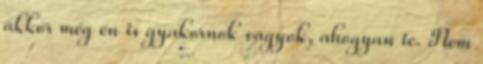
akkor még én is gyakornok vagyok, ahogyan te. Nem